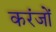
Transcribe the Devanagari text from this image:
करंजों